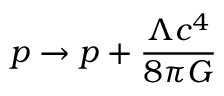
p \rightarrow p + { \frac { \Lambda c ^ { 4 } } { 8 \pi G } }